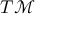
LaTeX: T { \mathcal { M } }